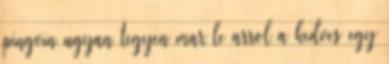
pingvin ugyan tegyen mar le arrol a kedves egy